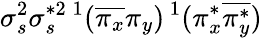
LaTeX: \sigma_{s}^{2}\sigma_{s}^{*2}{}\, ^{1}(\overline{{\pi_{x}}}\pi_{y}){}\, ^{1}(\pi_{x}^{*}\overline{{\pi_{y}^{*}}})